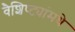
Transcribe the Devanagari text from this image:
वैशिष्ट्यांमधे